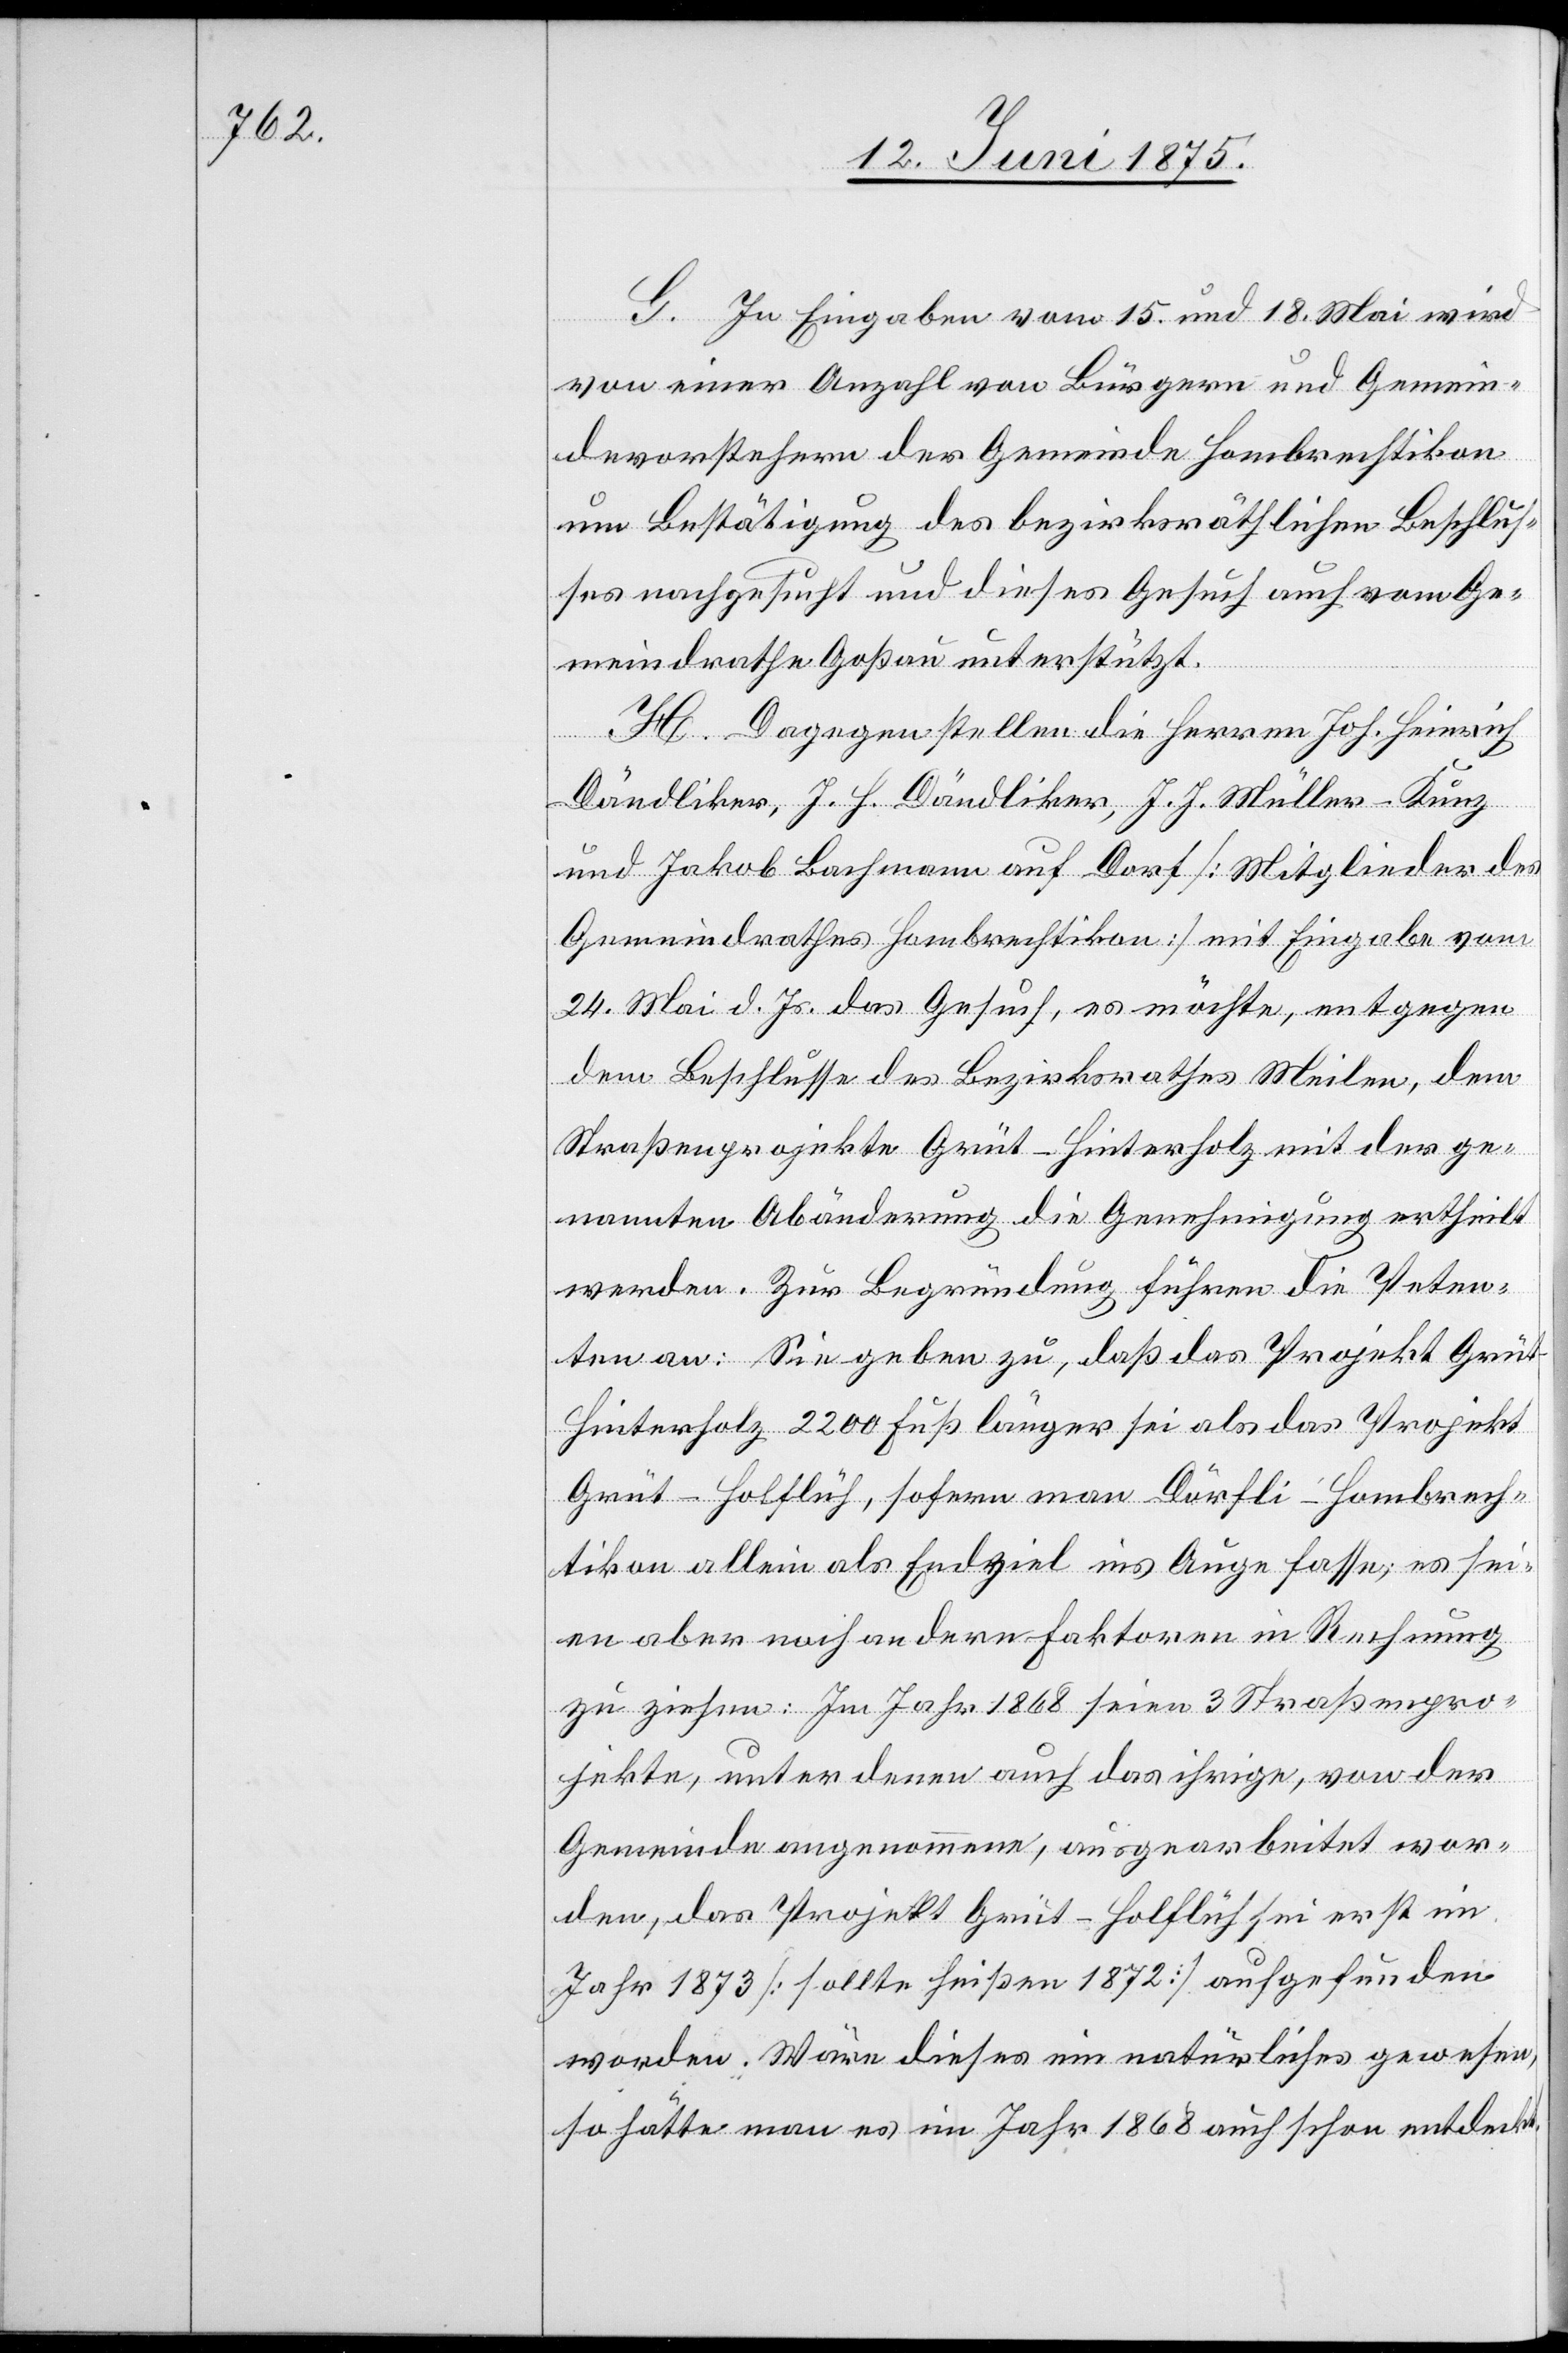
G. In Eingaben vom 15. und 18. Mai wird
von einer Anzahl von Bürgern und Gemein¬
devorstehern der Gemeinde Hombrechtikon
um Bestätigung des bezirksräthlichen Beschlus¬
ses nachgesucht und dieses Gesuch auch vom Ge¬
meindrathe Goßau unterstützt.
H. Dagegen stellen die Herren Jos. Heinrich
Dändliker, J. H. Dändliker, J. J. Müller-Kunz
und Jakob Bachmann aus Dorf [Mitglieder des
Gemeindrathes Hombrechtikon] mit Eingabe vom
24. Mai d. Js. das Gesuch, es möchte, entgegen
dem Beschlusse des Bezirksrathes Meilen, dem
Straßenprojekte Grüt–Hinterholz mit der ge¬
nannten Abänderung die Genehmigung ertheilt
werden. Zur Begründung führen die Peten¬
ten an: Sie geben zu, daß das Projekt Grü¬
t–Hinterholz 2200 Fuß länger sei als das Projekt
Grüt–Ho[h]lflüh, sofern man Dörfli - Hombrech¬
tikon allein als Endziel in Auge fasse, es sei¬
en aber noch andere Faktoren in Rechnung
zu ziehen: Im Jahr 1868 seien 3 Straßenpro¬
jekte, unter denen auch das ihrige, von der
Gemeinde angenommene, ausgearbeitet wor¬
den, das Projekt Grüt–Ho[h]lflüh sei erst im
Jahr 1873 [sollte heißen 1872] aufgefunden
worden. Wäre diese ein natürliches gewesen,
so hätte man es im Jahr 1868 auch schon entdeckt.